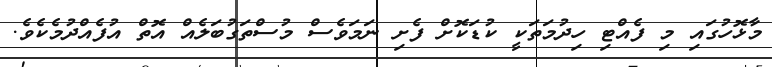
މާޅޮހުގައި މި ފެއްޓި ހިދުމަތަކީ ކުޑަކޮށް ފެށި ނަމަވެސް މުސްތަގުބަލެއް އޮތް އުފެއްދުމެކެވެ.